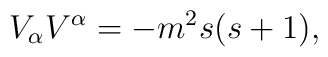
V_{\alpha }V^{\alpha }=-m^{2}s(s+1),